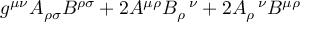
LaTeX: g ^ { \mu \nu } A _ { \rho \sigma } B ^ { \rho \sigma } + 2 A ^ { \mu \rho } B _ { \rho } ^ { \; \; \; \nu } + 2 A _ { \rho } ^ { \; \; \; \nu } B ^ { \mu \rho }